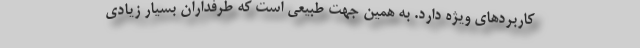
کاربردهای ویژه دارد. به همین جهت طبیعی است که طرفداران بسیار زیادی